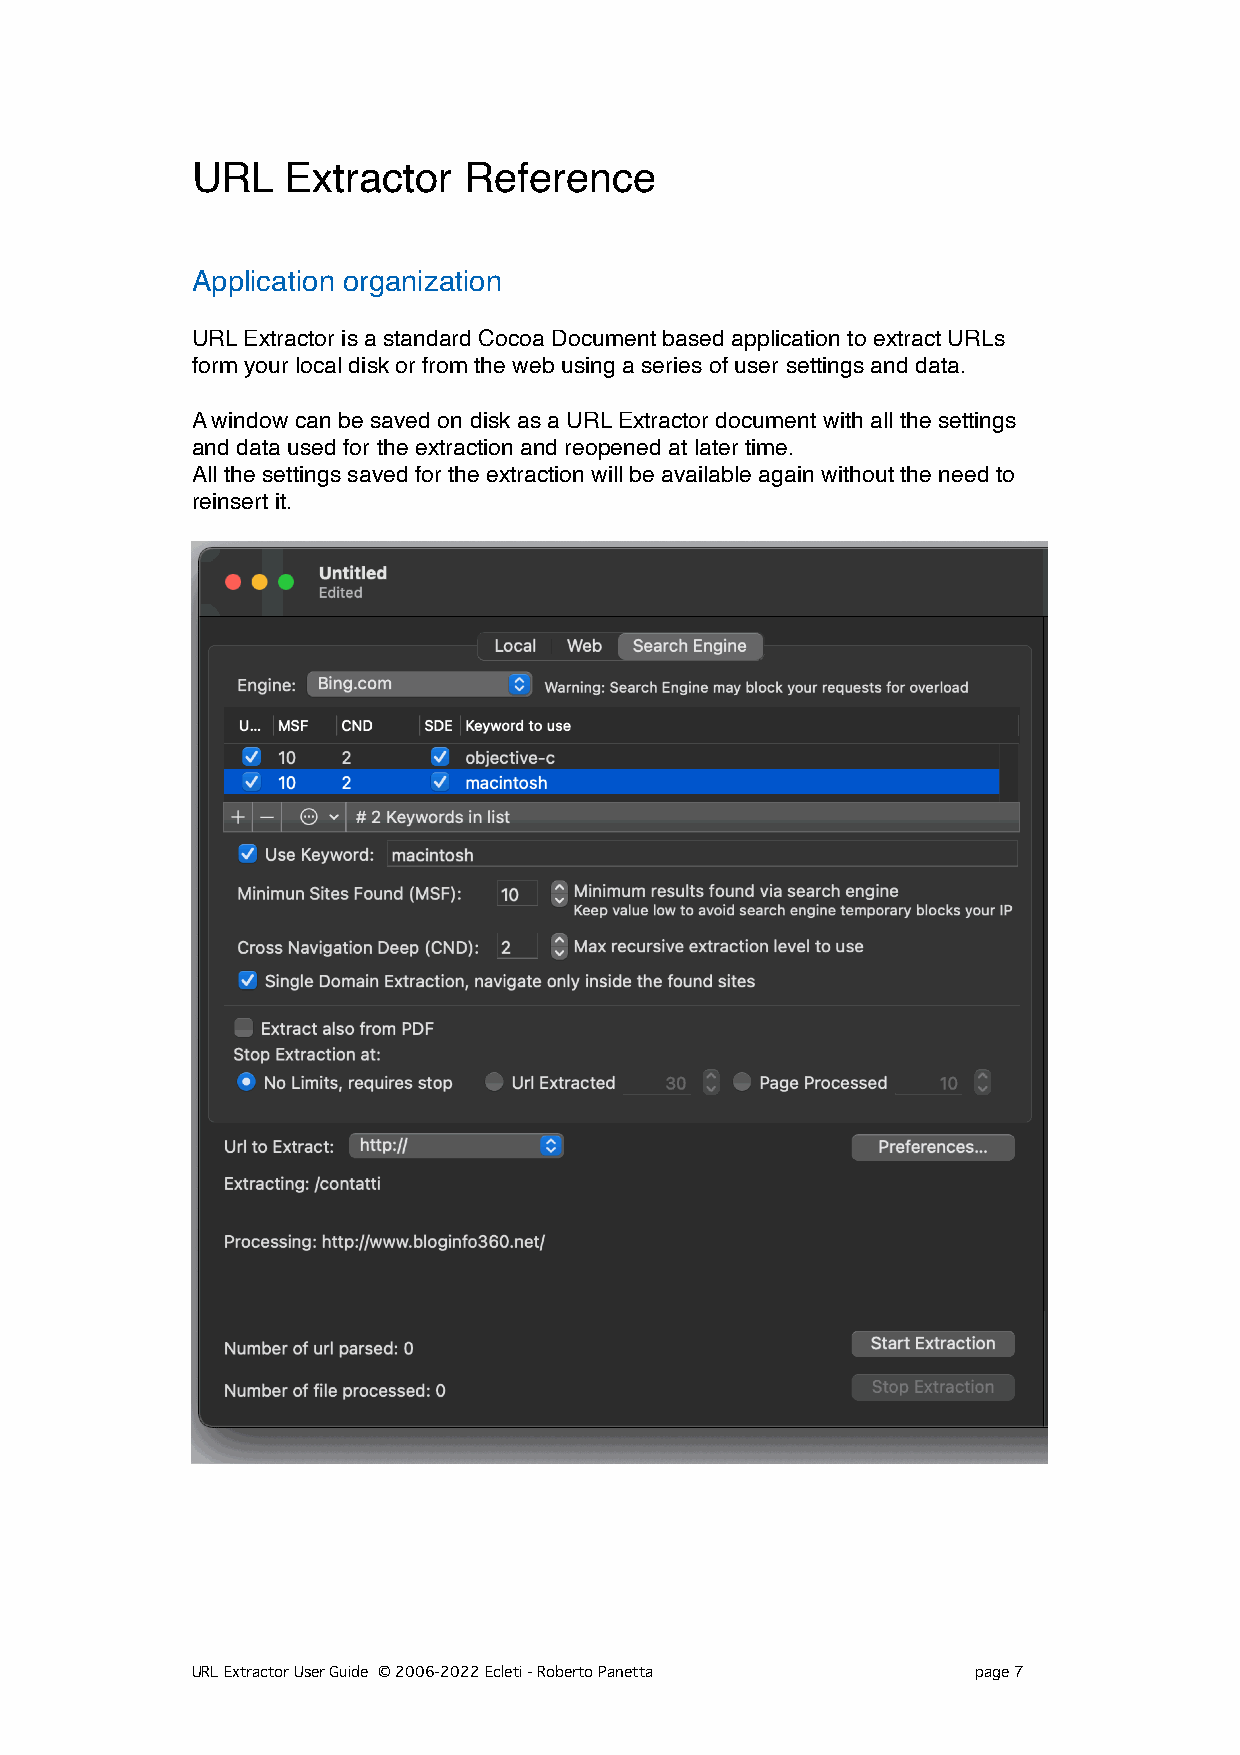
URL   Extractor   Reference
 Application organization
 URL Extractor is a standard Cocoa Document based application to extract URLs
 form your local disk or from the web using a series of user settings and data.
 A window can be saved on disk as a URL Extractor document with all the settings
 and data used for the extraction and reopened at later time.
 All the settings saved for the extraction will be available again without the need to
 reinsert it.
 URL Extractor User Guide © 2006-2022 Ecleti - Roberto Panetta page 7